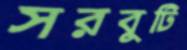
সরবুটি